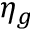
\eta _ { g }